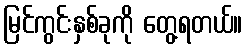
မြင်ကွင်းနှစ်ခုကို တွေ့ရတယ်။